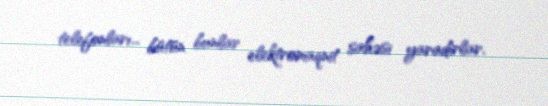
telefonları... bütün bunlar elektromaqnit sahəsi yaradırlar.